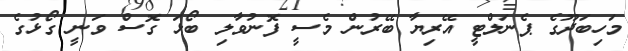
މަހިބަދޫގެ ޕެނަލްޓީ އޭރިޔާ ބޭރުން މެސީ ފޮނުވާލި ބޯޅަ ގޮސް ވަނީ ގޯޅުގެ